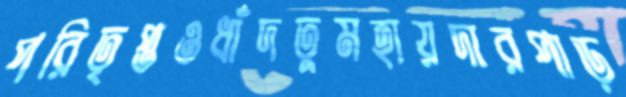
পরিতৃপ্তওধাঁদতুমহায়দারপাড়